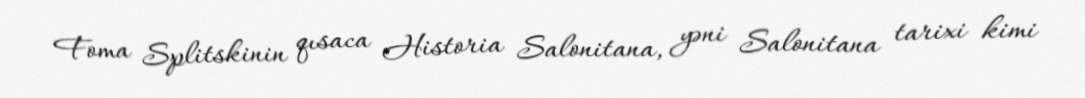
Foma Splitskinin qısaca Historia Salonitana, yəni Salonitana tarixi kimi